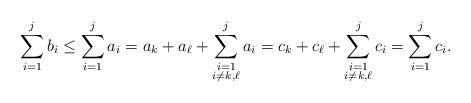
LaTeX: \begin{align*}\sum_{i=1}^j b_i \leq \sum_{i=1}^j a_i = a_k+a_{\ell} + \sum_{\substack{ i=1 \\ i \neq k,\ell} }^j a_i = c_k+c_{\ell} + \sum_{\substack{ i=1 \\ i \neq k,\ell} }^j c_i = \sum_{i=1}^j c_i .\end{align*}